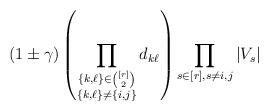
LaTeX: \begin{align*}(1\pm\gamma)\left(\prod_{\substack{\{k,\ell\}\in\binom{[r]}{2}\\\{k,\ell\}\neq\{i,j\}}} d_{k\ell}\right)\prod_{s\in[r],s\neq i,j}|V_s|\end{align*}